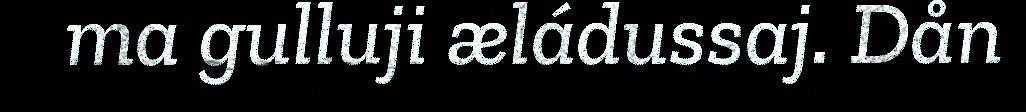
ma gulluji æládussaj. Dån